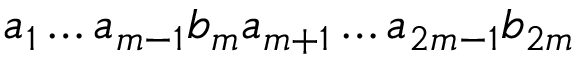
a _ { 1 } \dots a _ { m - 1 } b _ { m } a _ { m + 1 } \dots a _ { 2 m - 1 } b _ { 2 m }